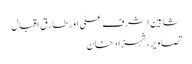
شاہین اشرف علی اور طارق اقبال
تصاویر، شہزاد خان